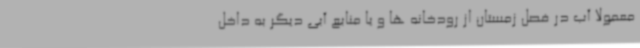
معمولا آب در فصل زمستان از رودخانه ها و یا منابع آبی دیگر به داخل